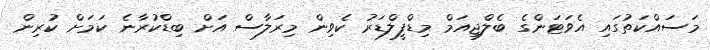
މަސައްކަތުގައި އެވަޓަންގެ ބެލްޖިއަމް މިޑްފީލްޑަރު ކެވިން މިރަލާސް އަށް ބިޑްކުރާނެ ކަމަށް ކުރިން